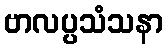
ဗာလပ္ပသံသနာ